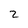
Character: 2